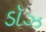
ડૉઝ